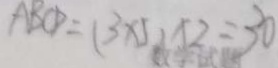
A B C D = ( 3 \times 4 \times 2 = 3 0